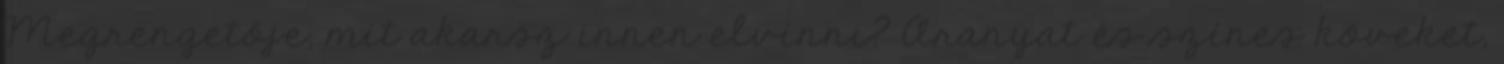
Megrengetője, mit akarsz innen elvinni? Aranyat és színes köveket,